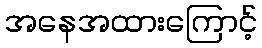
အနေအထားကြောင့်